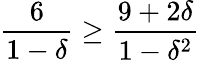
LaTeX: {\frac{6}{1-\delta}}\geq{\frac{9+2\delta}{1-\delta^{2}}}